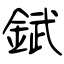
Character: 錻